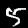
Digit: 5